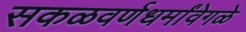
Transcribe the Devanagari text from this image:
सकळवर्णधर्मांवेगळे